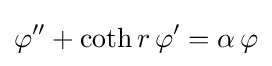
\displaystyle \varphi ^{\prime \prime }+\coth r\,\varphi ^{\prime }=\alpha \,\varphi